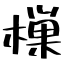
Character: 樔